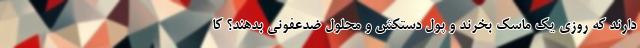
دارند که روزی یک ماسک بخرند و پول دستکش و محلول ضدعفونی بدهند؟ کا